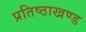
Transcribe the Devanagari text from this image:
प्रतिष्ठाखण्ड